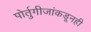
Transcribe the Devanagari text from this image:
पोर्तुगीजांकडूनही